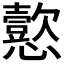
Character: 𫻚